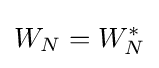
W_{N}=W_{N}^{*}